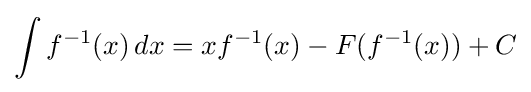
\int f^{-1}(x)\,{dx}=xf^{-1}(x)-F(f^{-1}(x))+C